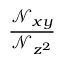
\frac { \mathcal { N } _ { x y } } { \mathcal { N } _ { z ^ { 2 } } }